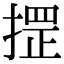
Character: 𢱫